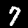
Digit: 7